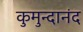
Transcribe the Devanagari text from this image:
कुमुन्दानंद